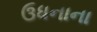
ઉધનાના